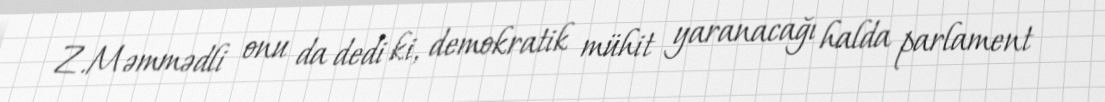
Z.Məmmədli onu da dedi ki, demokratik mühit yaranacağı halda parlament